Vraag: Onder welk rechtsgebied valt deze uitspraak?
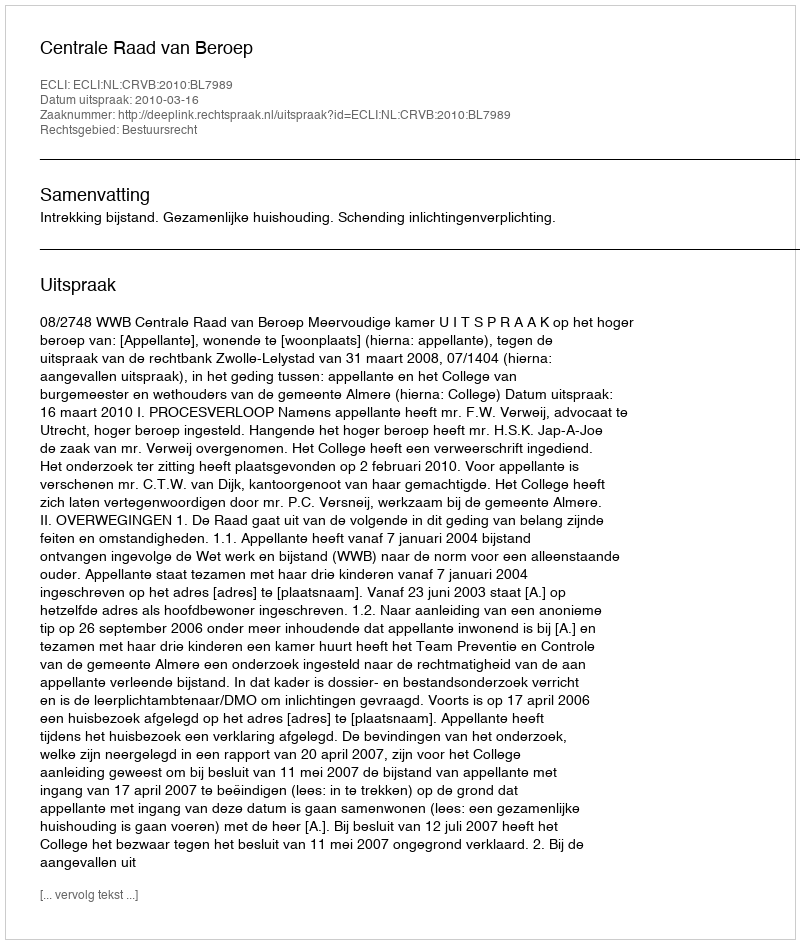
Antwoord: Bestuursrecht